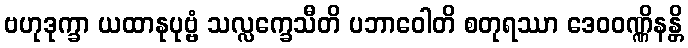
ဗဟုဒုက္ခာ ယထာနုပုဗ္ဗံ သလ္လက္ခေသီတိ ပဘာဝေါတိ စတုရဿာ ဒေဝဝဏ္ဏိနန္တိ